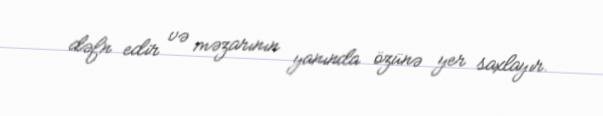
dəfn edir və məzarının yanında özünə yer saxlayır.